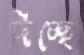
দিচ্ছে